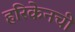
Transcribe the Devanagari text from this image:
हरिकेनची